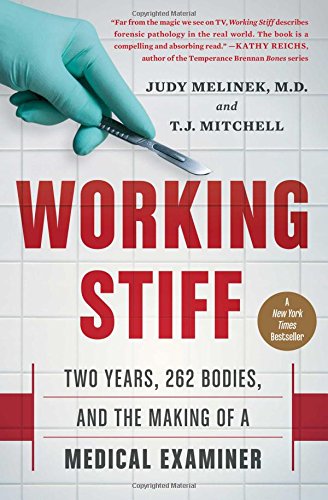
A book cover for Working Stiff: Two Years, 262 Bodies, and the Making of a Medical Examiner; Judy Melinek  MD MD; Biographies & Memoirs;